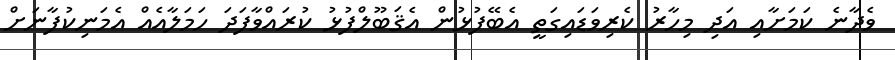
ވެދާނެ ކަމަށާއި އަދި މިހާރު ކެރިވަޑައިގަތީ އެބޭފުޅުން އެޤަބޫލްފުޅު ކުރައްވާފަދަ ހަމަލާއެއް އެމަނިކުފާނަށް